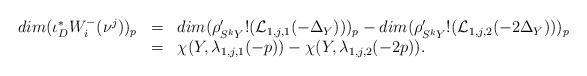
LaTeX: \begin{align*}\begin{array}{lll}dim(\iota_{D}^{*}W^{-}_{i}(\nu^j))_{p}&=&dim(\rho'_{S^{k}Y}!(\mathcal{L}_{1 ,j,1}(-\Delta_{Y})))_{p}-dim(\rho'_{S^{k}Y}!(\mathcal{L}_{1 ,j,2}(-2\Delta_{Y})))_{p}\\&=& \chi (Y,\lambda_{1 ,j,1}(-p))-\chi (Y,\lambda_{1 ,j,2}(-2p)).\\\end{array}\end{align*}